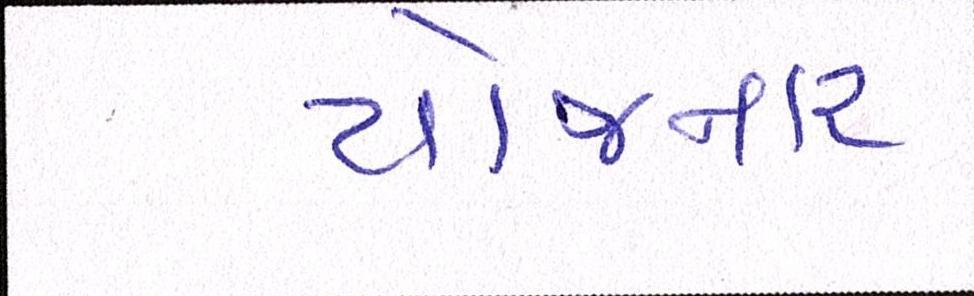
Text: યોજનાર